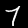
Digit: 7